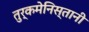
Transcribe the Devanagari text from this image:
तुर्कमेनिस्तानी